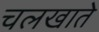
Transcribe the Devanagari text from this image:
चलखाते